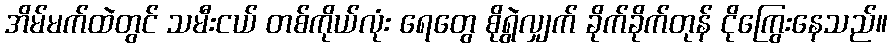
အိမ်မက်ထဲတွင် သမီးငယ် တစ်ကိုယ်လုံး ရေတွေ စိုရွဲလျှက် ခိုက်ခိုက်တုန် ငိုကြွေးနေသည်။